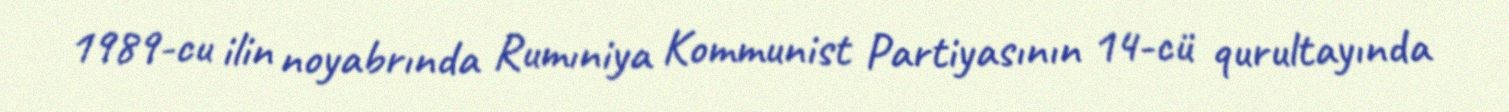
1989-cu ilin noyabrında Rumıniya Kommunist Partiyasının 14-cü qurultayında